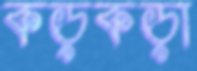
কড়কড়া